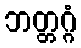
ဘတ္တဂ္ဂံ